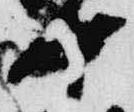
中